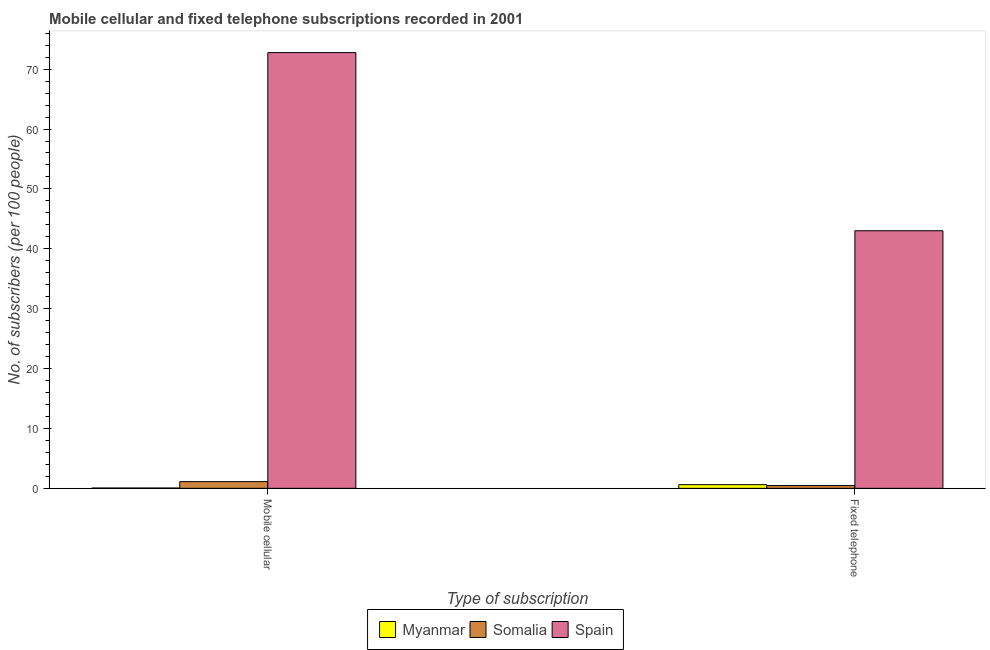
| Type of subscription | Myanmar | Somalia | Spain |
 | --- | --- | --- | --- |
 | Mobile cellular | 0.0464 | 1.12 | 72.8 |
 | Fixed telephone | 0.604 | 0.46 | 43 |